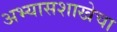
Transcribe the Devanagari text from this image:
अभ्यासशाखेचा